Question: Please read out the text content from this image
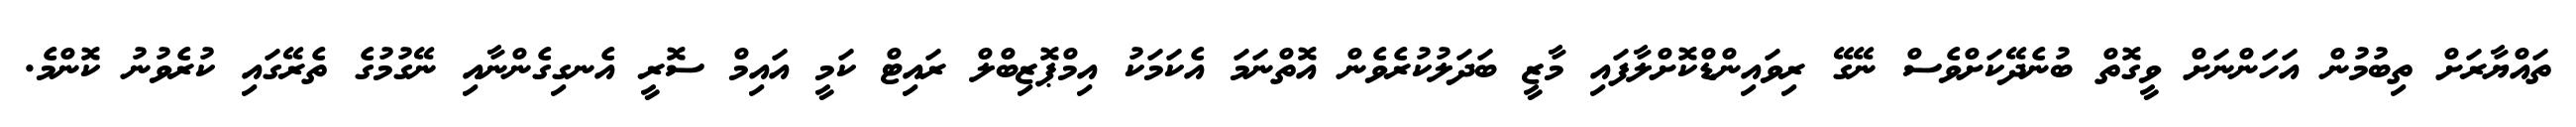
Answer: ތައްޔާރަށް ތިބުމުން އަހަންނަށް ވީގޮތް ބުނެދޭކަށްވެސް ނޭގޭ ރިވައިންޑްކޮށްލާފައި މާޒީ ބަދަލުކުރެވެން އޮތްނަމަ އެކަމަކު އިމްޕޮޒިބްލް ރައިޓް ކަމީ އައިމް ސޮރީ އެނގިގެންނާއި ނޭގުމުގެ ތެރޭގައި ކުރެވުނު ކޮންމެ.